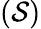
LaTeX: (\mathcal{S})